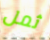
ثمل